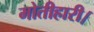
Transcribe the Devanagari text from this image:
मोतीहारी।